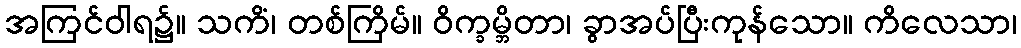
အကြင်ဝါရ၌။ သကိံ၊ တစ်ကြိမ်။ ဝိက္ခမ္ဘိတာ၊ ခွာအပ်ပြီးကုန်သော။ ကိလေသာ၊